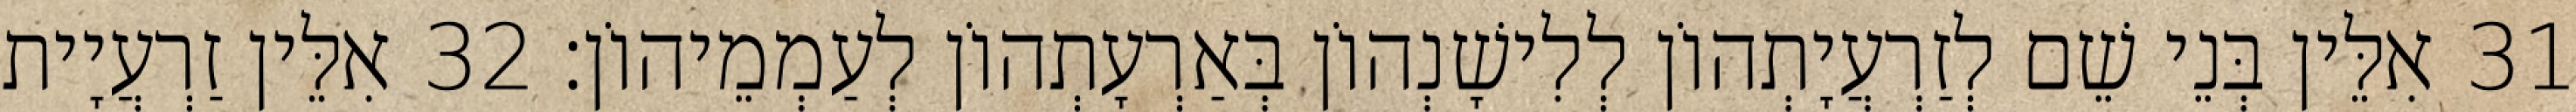
31 אִלֵּין בְּנֵי שֵׁם לְזַרְעֲיָתְהוֹן לְלִישָׁנְהוֹן בְּאַרְעָתְהוֹן לְעַמְמֵיהוֹן׃ 32 אִלֵּין זַרְעֲיָית